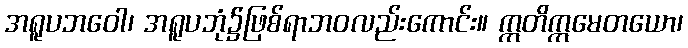
အရူပဘဝေါ၊ အရူပဘုံ၌ဖြစ်ရာဘဝလည်းကောင်း။ ဣတိဣမေတယော၊